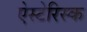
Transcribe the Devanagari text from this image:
ऐस्टेरिस्क